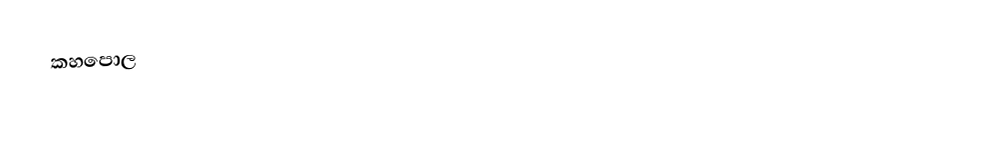
කහපොල